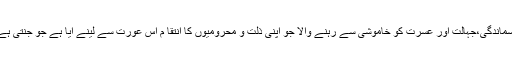
پسماندگی،جہالت اور عسرت کو خاموشی سے رہنے والا جو اپنی ذلت و محرومیوں کا انتقا م اس عورت سے لینے آیا ہے جو جنتی ہے۔